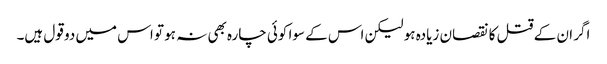
اگر ان کے قتل کا نقصان زیادہ ہو لیکن اس کے سوا کوئی چارہ بھی نہ ہو تو اس میں دو قول ہیں۔